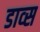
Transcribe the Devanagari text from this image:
डाव्स